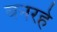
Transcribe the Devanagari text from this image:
बनरहे